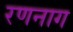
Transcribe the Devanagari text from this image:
रणनाग